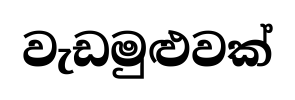
වැඩමුළුවක්